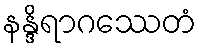
နန္ဒိရာဂဿေတံ